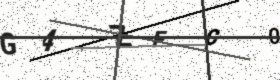
Text: G4ZFC0